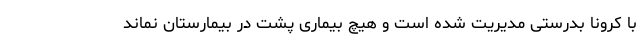
با کرونا بدرستی مدیریت شده است و هیچ بیماری پشت در بیمارستان نماند